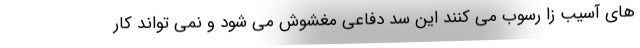
های آسیب زا رسوب می کنند این سد دفاعی مغشوش می شود و نمی تواند کار